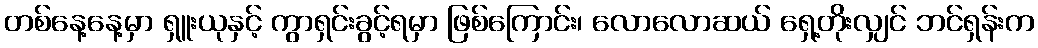
တစ်နေ့နေ့မှာ ရှူးယုနှင့် ကွာရှင်းခွင့်ရမှာ ဖြစ်ကြောင်း၊ လောလောဆယ် ရှေ့တိုးလျှင် ဘင်ရှန်းက